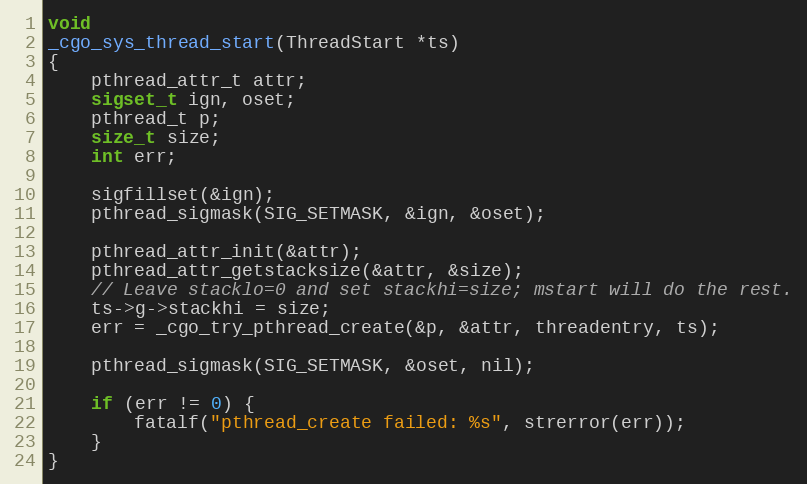
Language: C
void
_cgo_sys_thread_start(ThreadStart *ts)
{
	pthread_attr_t attr;
	sigset_t ign, oset;
	pthread_t p;
	size_t size;
	int err;

	sigfillset(&ign);
	pthread_sigmask(SIG_SETMASK, &ign, &oset);

	pthread_attr_init(&attr);
	pthread_attr_getstacksize(&attr, &size);
	// Leave stacklo=0 and set stackhi=size; mstart will do the rest.
	ts->g->stackhi = size;
	err = _cgo_try_pthread_create(&p, &attr, threadentry, ts);

	pthread_sigmask(SIG_SETMASK, &oset, nil);

	if (err != 0) {
		fatalf("pthread_create failed: %s", strerror(err));
	}
}